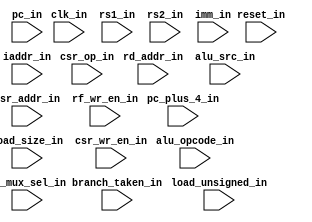
module rv32_reg_block2 (
    input clk_in,
    input reset_in,
    input [4:0] rd_addr_in,
    input [11:0] csr_addr_in,
    input [31:0] rs1_in,
    input [31:0] rs2_in,
    input [31:0] pc_in,
    input [31:0] pc_plus_4_in,
    input branch_taken_in,
    input [31:0] iaddr_in,
    input [3:0] alu_opcode_in,
    input [1:0] load_size_in,
    input load_unsigned_in,
    input alu_src_in,
    input csr_wr_en_in,
    input rf_wr_en_in,
    input [2:0] wb_mux_sel_in,
    input [2:0] csr_op_in,
    input [31:0] imm_in
);


endmodule